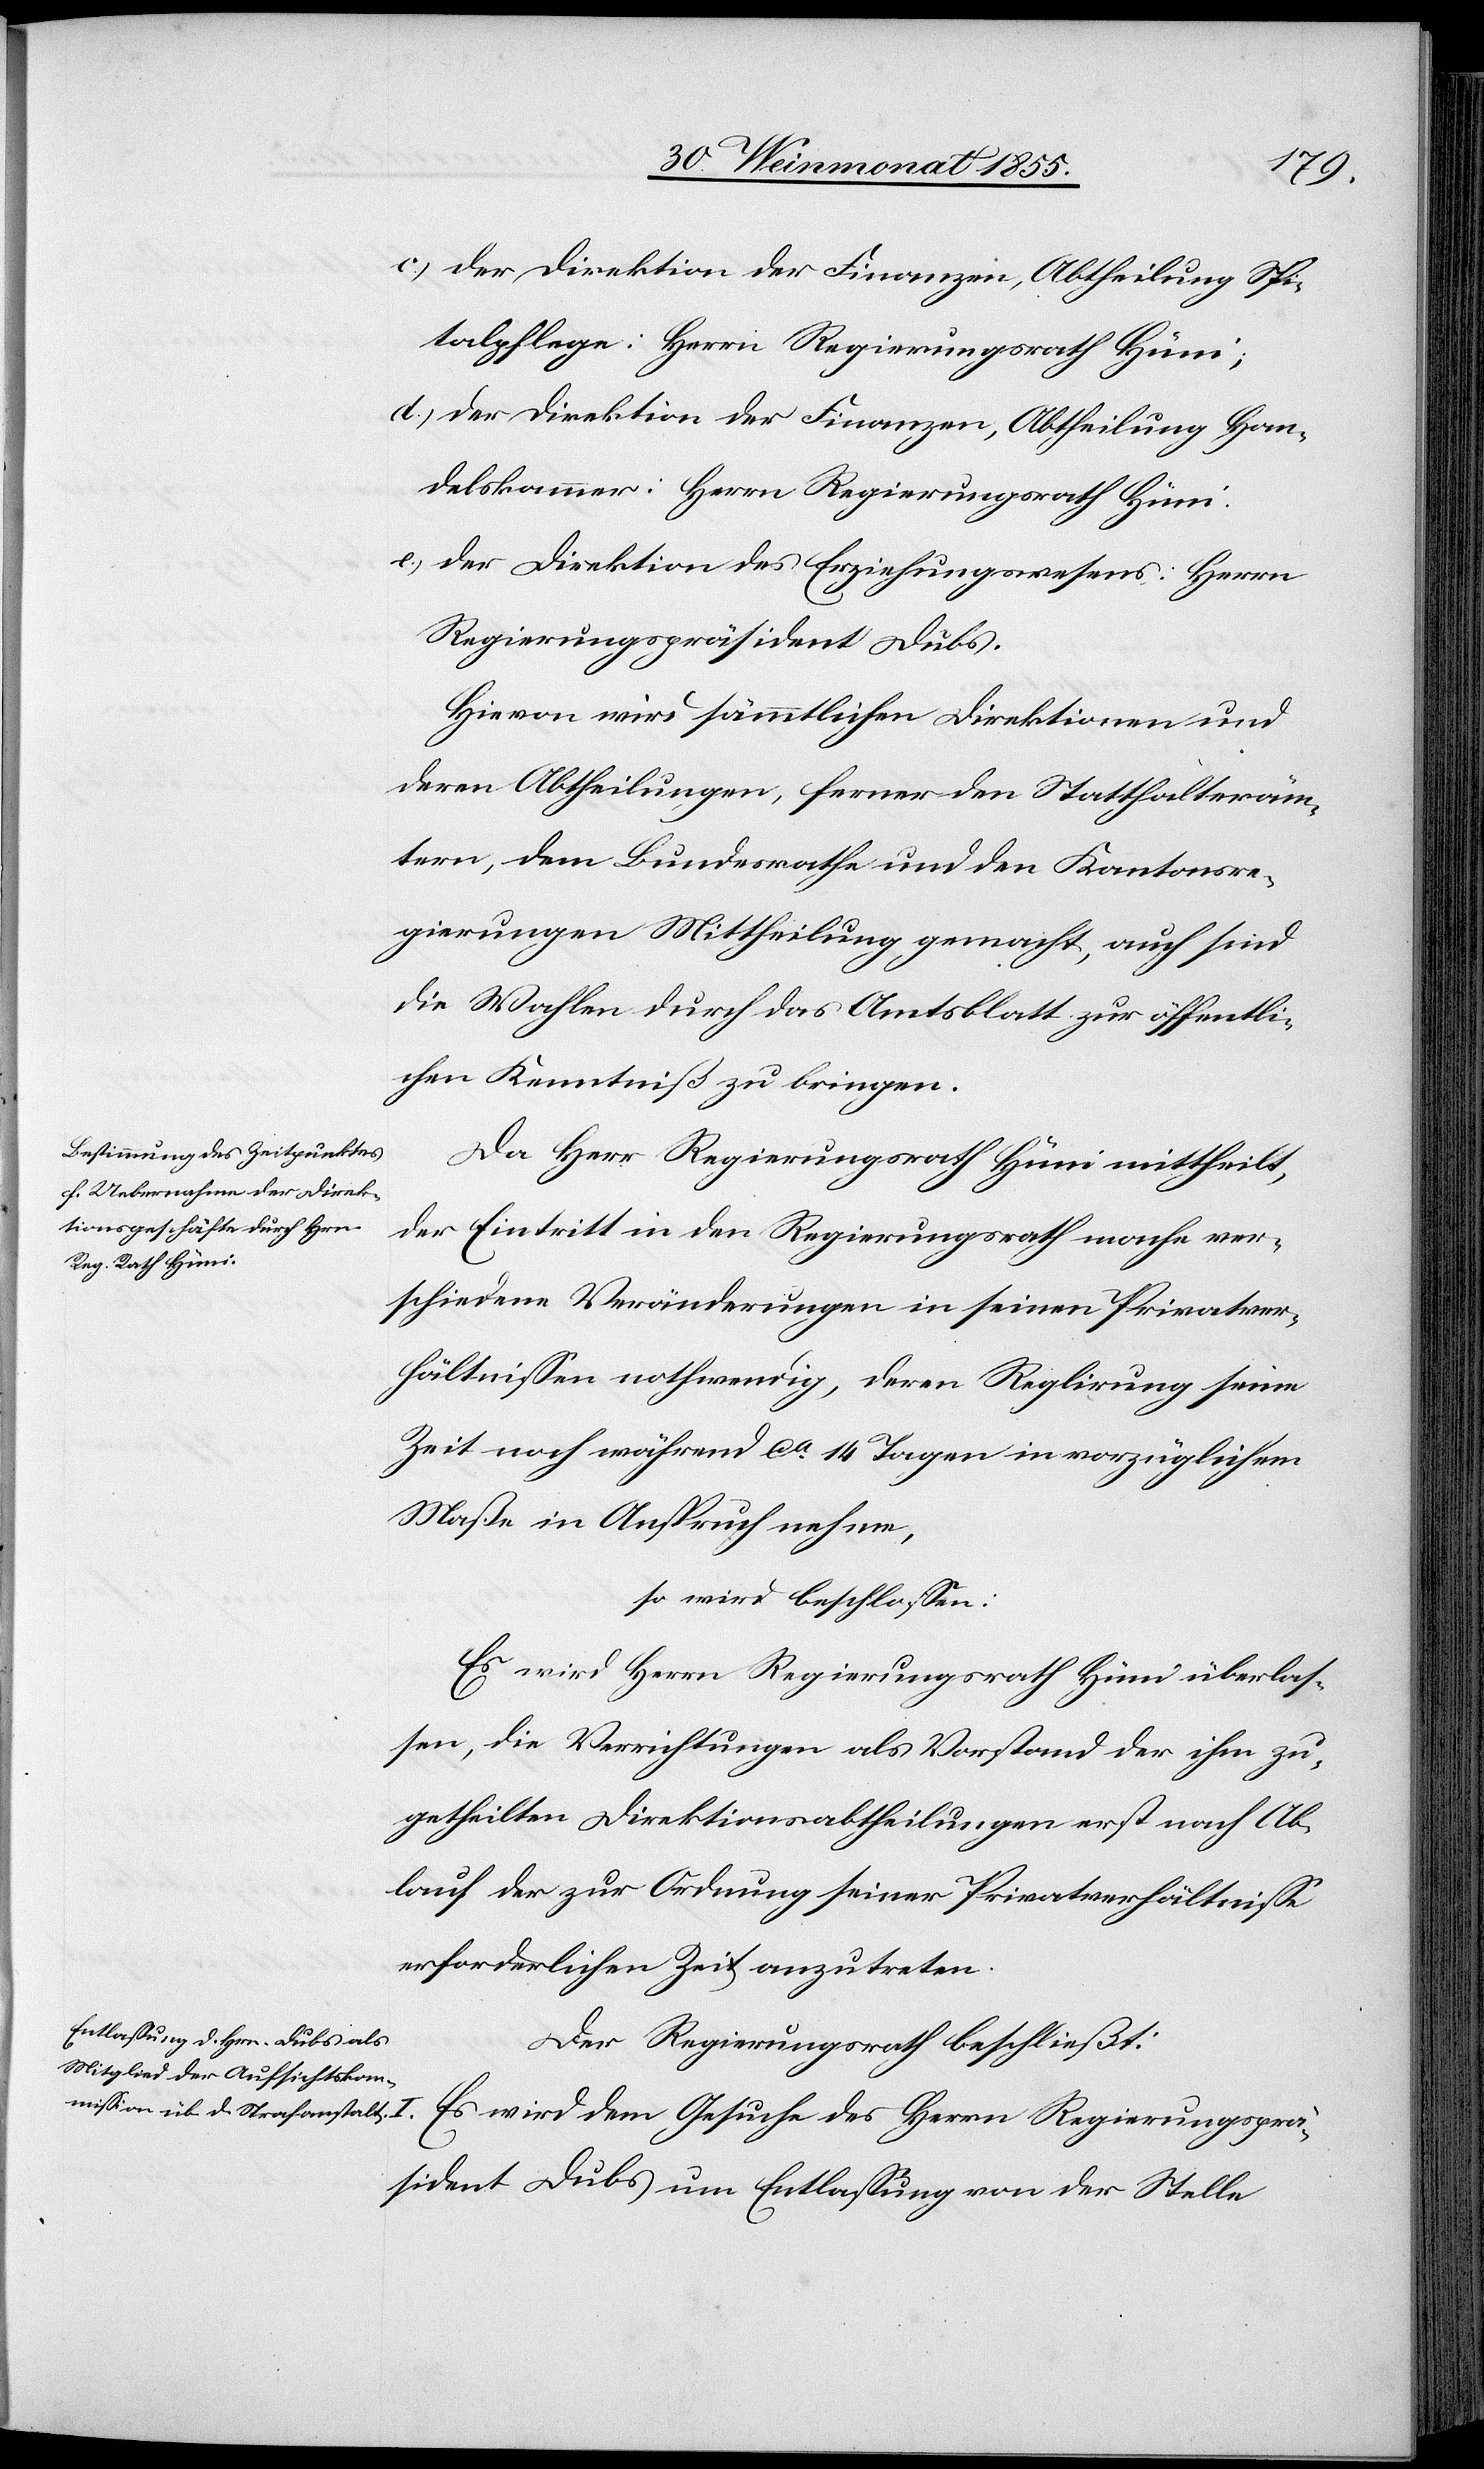
der Direktion der Finanzen, Abtheilung Spi¬
talpflege: Herrn Regierungsrath Hüni;
der Direktion der Finanzen, Abtheilung Han¬
delskammer: Herrn Regierungsrath Hüni.
der Direktion des Erziehungswesens: Herrn
Regierungspräsident Dubs.
Hievon wird sämmtlichen Direktionen und
deren Abtheilungen, ferner den Statthalteräm¬
tern, dem Bundesrathe und den Kantonsre¬
gierungen Mittheilung gemacht, auch sind
die Wahlen durch das Amtsblatt zur öffentli¬
chen Kenntniß zu bringen.
Da Herr Regierungsrath Hüni mittheilt,
der Eintritt in den Regierungsrath mache ver¬
schiedene Veränderungen in seinen Privatver¬
hältnissen nothwendig, deren Reglirung seine
Zeit noch während ca 14 Tagen in vorzüglichem
Maße in Anspruch nehme,
so wird beschlossen:
Es wird Herrn Regierungsrath Hüni überlas¬
sen, die Verrichtungen als Vorstand der ihm zu¬
getheilten Direktionsabtheilungen erst nach Ab¬
lauf der zur Ordnung seiner Privatverhältnisse
erforderlichen Zeit anzutreten.
Der Regierungsrath beschließt:
Es wird dem Gesuche des Herrn Regierungsprä¬
sident Dubs um Entlassung von der Stelle